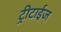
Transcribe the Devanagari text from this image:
ट्रीटाईज